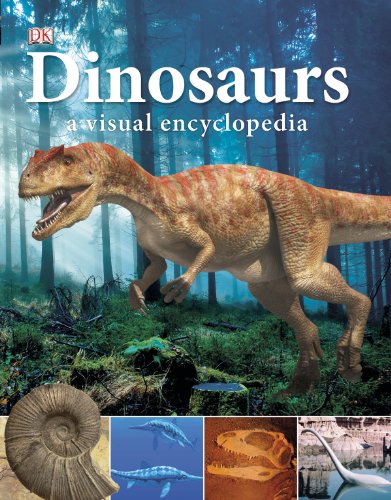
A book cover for Dinosaurs: A Visual Encyclopedia; DK Publishing; Reference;